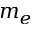
m _ { e }